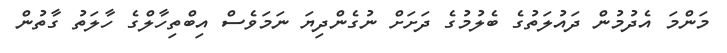
މަންމަ އެދުމުން ދައުލަތުގެ ބެލުމުގެ ދަށަށް ނުގެންދިޔަ ނަމަވެސް އިބްތިހާލްގެ ހާލަތު ގާތުން